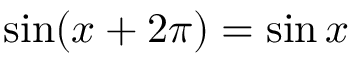
\sin ( x + 2 \pi ) = \sin x